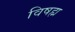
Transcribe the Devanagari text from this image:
विषह्म